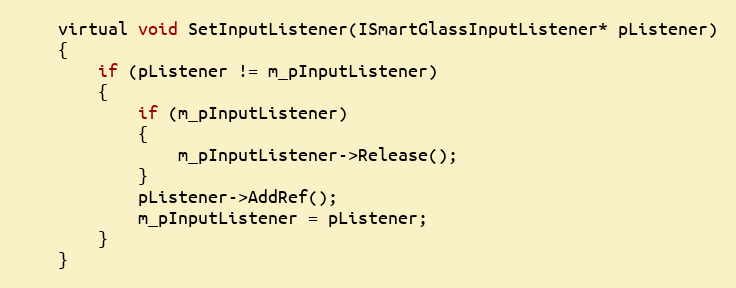
Language: C
	virtual void SetInputListener(ISmartGlassInputListener* pListener)
	{
		if (pListener != m_pInputListener)
		{
			if (m_pInputListener)
			{
				m_pInputListener->Release();
			}
			pListener->AddRef();
			m_pInputListener = pListener;
		}
	}